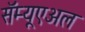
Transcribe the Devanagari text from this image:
सॅम्यूएअल